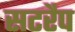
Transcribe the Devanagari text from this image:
सटरैप